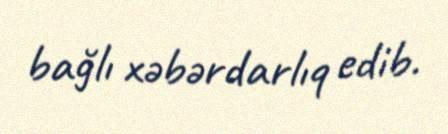
bağlı xəbərdarlıq edib.